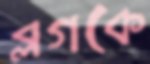
ব্লগকে